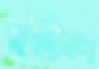
হটিল